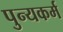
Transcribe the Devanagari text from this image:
पुन्यकर्म